Problem: 27 + 45 = ?
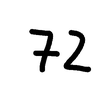
Handwritten answer: 72